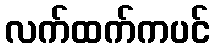
လက်ထက်ကပင်